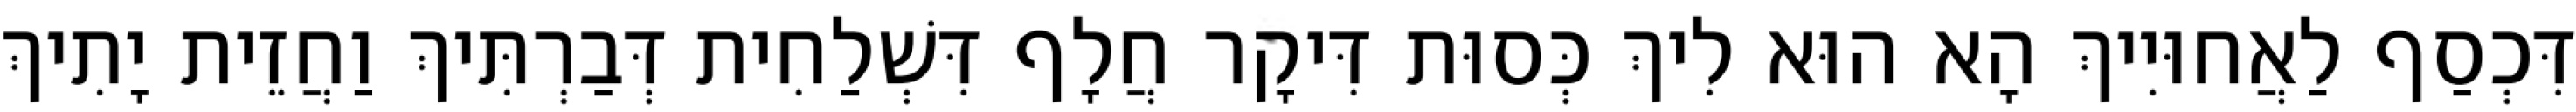
דִּכְסַף לַאֲחוּיִיךְ הָא הוּא לִיךְ כְּסוּת דִּיקָר חֲלָף דִּשְׁלַחִית דְּבַרְתִּיךְ וַחֲזֵית יָתִיךְ